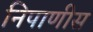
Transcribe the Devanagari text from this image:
निपाणीस